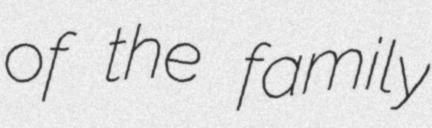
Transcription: of the family